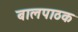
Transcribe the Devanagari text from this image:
बालपाठक